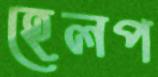
হেলপ